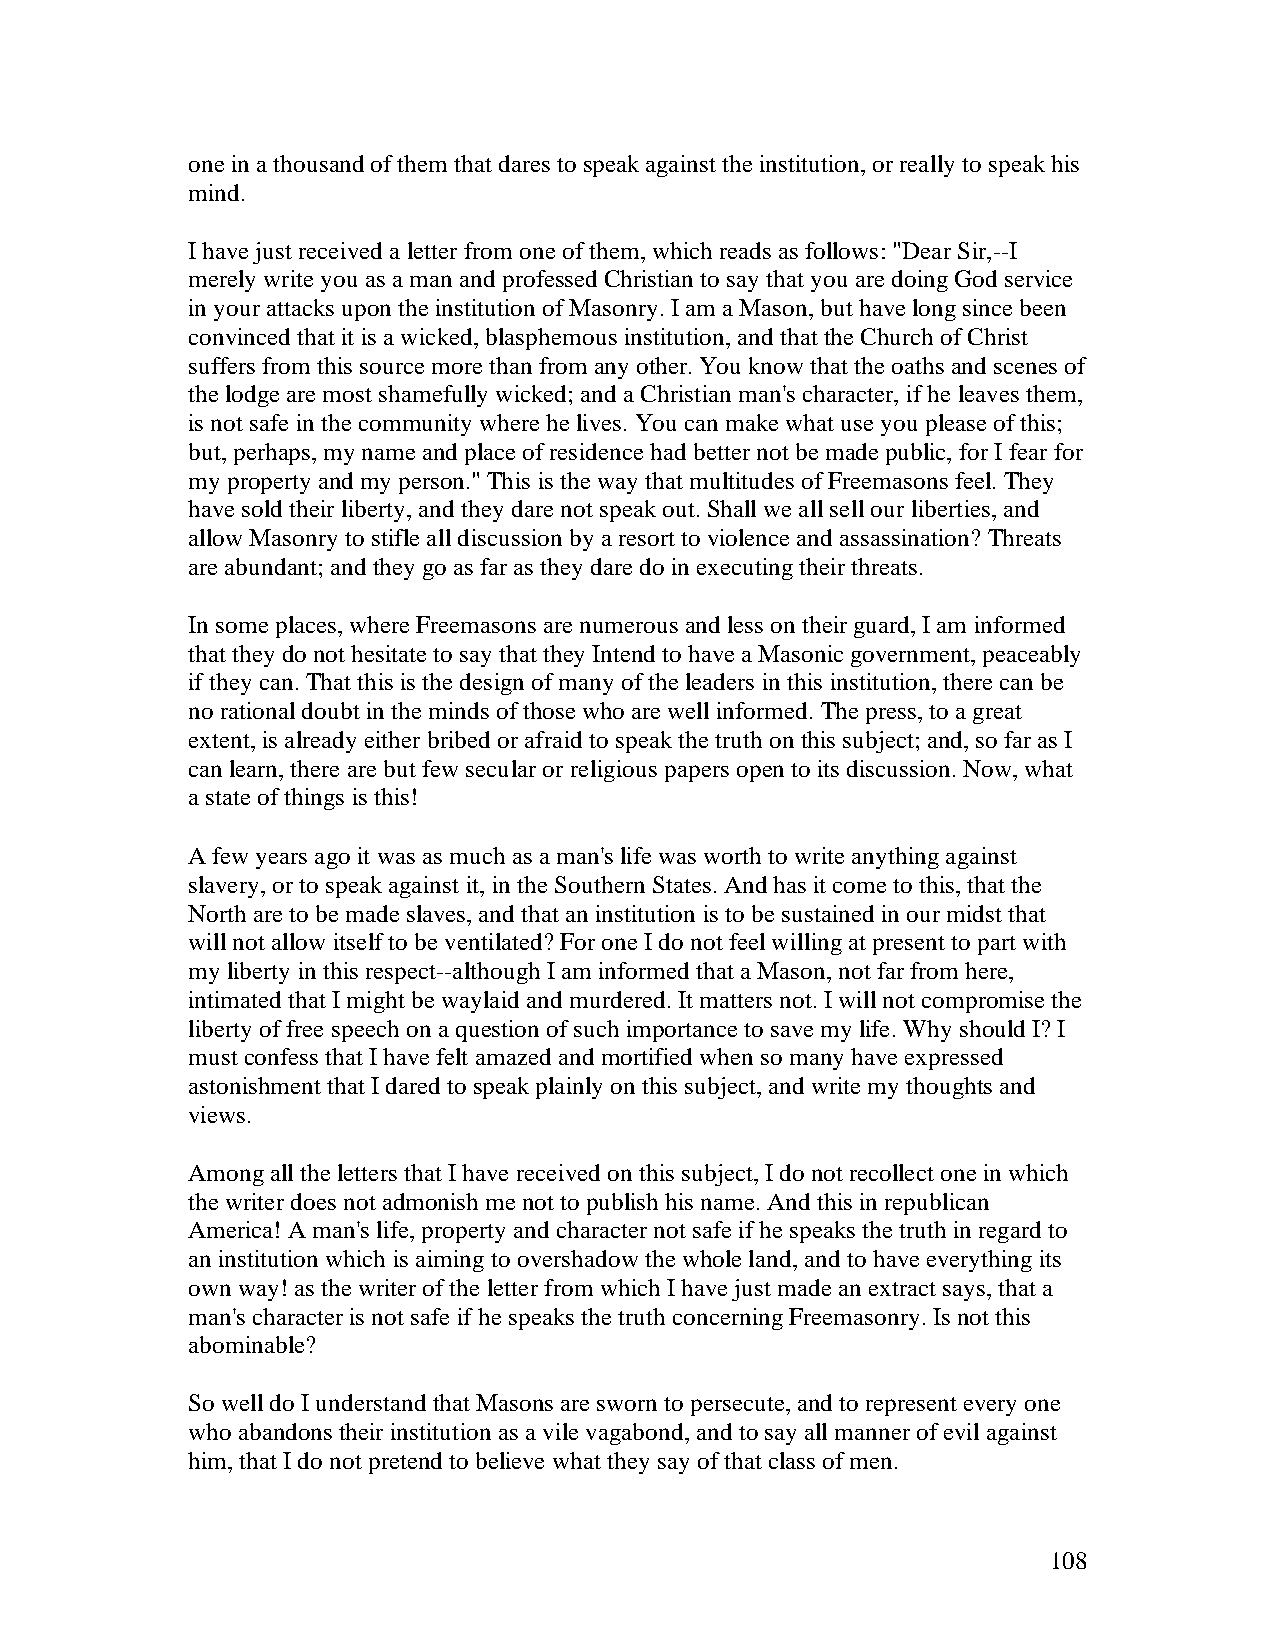
one in a thousand of them that dares to speak against the institution, or really to speak his
 mind.
 I have just received a letter from one of them, which reads as follows: "Dear Sir,--I
 merely write you as a man and professed Christian to say that you are doing God service
 in your attacks upon the institution of Masonry. I am a Mason, but have long since been
 convinced that it is a wicked, blasphemous institution, and that the Church of Christ
 suffers from this source more than from any other. You know that the oaths and scenes of
 the lodge are most shamefully wicked; and a Christian man's character, if he leaves them,
 is not safe in the community where he lives. You can make what use you please of this;
 but, perhaps, my name and place of residence had better not be made public, for I fear for
 my property and my person." This is the way that multitudes of Freemasons feel. They
 have sold their liberty, and they dare not speak out. Shall we all sell our liberties, and
 allow Masonry to stifle all discussion by a resort to violence and assassination? Threats
 are abundant; and they go as far as they dare do in executing their threats.
 In some places, where Freemasons are numerous and less on their guard, I am informed
 that they do not hesitate to say that they Intend to have a Masonic government, peaceably
 if they can. That this is the design of many of the leaders in this institution, there can be
 no rational doubt in the minds of those who are well informed. The press, to a great
 extent, is already either bribed or afraid to speak the truth on this subject; and, so far as I
 can learn, there are but few secular or religious papers open to its discussion. Now, what
 a state of things is this!
 A few years ago it was as much as a man's life was worth to write anything against
 slavery, or to speak against it, in the Southern States. And has it come to this, that the
 North are to be made slaves, and that an institution is to be sustained in our midst that
 will not allow itself to be ventilated? For one I do not feel willing at present to part with
 my liberty in this respect--although I am informed that a Mason, not far from here,
 intimated that I might be waylaid and murdered. It matters not. I will not compromise the
 liberty of free speech on a question of such importance to save my life. Why should I? I
 must confess that I have felt amazed and mortified when so many have expressed
 astonishment that I dared to speak plainly on this subject, and write my thoughts and
 views.
 Among all the letters that I have received on this subject, I do not recollect one in which
 the writer does not admonish me not to publish his name. And this in republican
 America! A man's life, property and character not safe if he speaks the truth in regard to
 an institution which is aiming to overshadow the whole land, and to have everything its
 own way! as the writer of the letter from which I have just made an extract says, that a
 man's character is not safe if he speaks the truth concerning Freemasonry. Is not this
 abominable?
 So well do I understand that Masons are sworn to persecute, and to represent every one
 who abandons their institution as a vile vagabond, and to say all manner of evil against
 him, that I do not pretend to believe what they say of that class of men.
 108